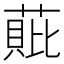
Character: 𮐧